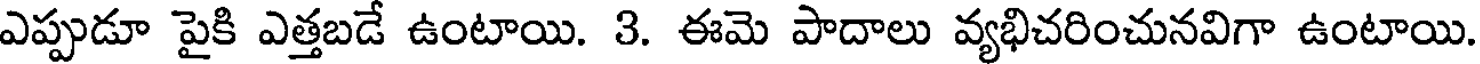
ఎప్పుడూ పైకి ఎత్తబడే ఉంటాయి. 3. ఈమె పాదాలు వ్యభిచరించునవిగా ఉంటాయి